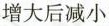
增大后减小